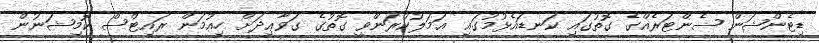
ޑިޓެންޝަން ސެންޓަރެއްގެ ގޮތުގައި ކަނޑައެޅުމުގައި ޢަމަލުކުރަންވީ ގޮތުގެ ގަވާޢިދަށް ހިއުމަން ރައިޓްސް ކޮމިޝަނުން